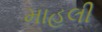
માહલી